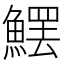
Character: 𩺩